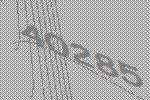
40285